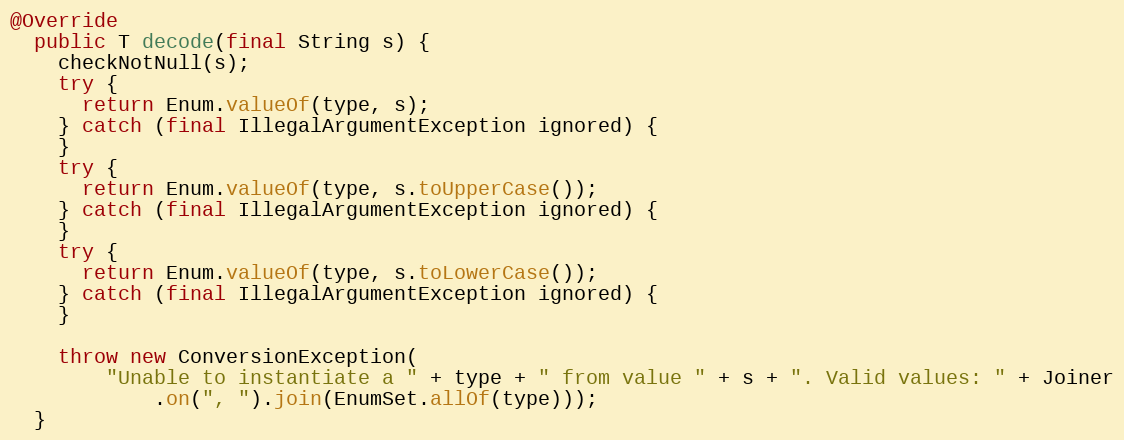
Language: Java
@Override
  public T decode(final String s) {
    checkNotNull(s);
    try {
      return Enum.valueOf(type, s);
    } catch (final IllegalArgumentException ignored) {
    }
    try {
      return Enum.valueOf(type, s.toUpperCase());
    } catch (final IllegalArgumentException ignored) {
    }
    try {
      return Enum.valueOf(type, s.toLowerCase());
    } catch (final IllegalArgumentException ignored) {
    }

    throw new ConversionException(
        "Unable to instantiate a " + type + " from value " + s + ". Valid values: " + Joiner
            .on(", ").join(EnumSet.allOf(type)));
  }